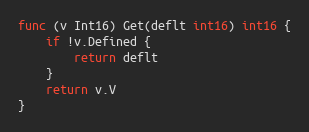
Language: Go
func (v Int16) Get(deflt int16) int16 {
	if !v.Defined {
		return deflt
	}
	return v.V
}